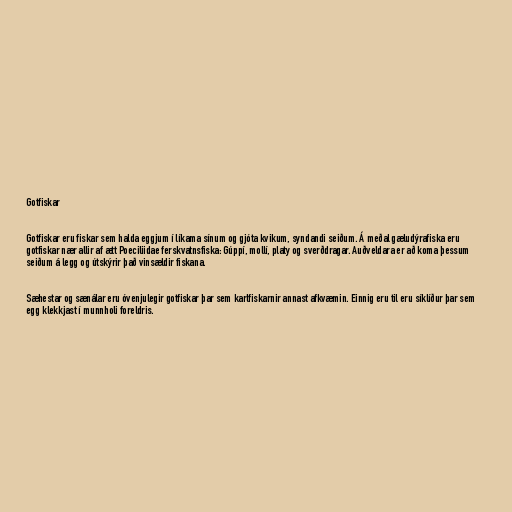
Gotfiskar

Gotfiskar eru fiskar sem halda eggjum í líkama sínum og gjóta kvikum, syndandi seiðum. Á meðal gæludýrafiska eru
gotfiskar nær allir af ætt Poeciliidae ferskvatnsfiska: Gúppí, mollí, platy og sverðdragar. Auðveldara er að koma þessum
seiðum á legg og útskýrir það vinsældir fiskana.

Sæhestar og sænálar eru óvenjulegir gotfiskar þar sem karlfiskarnir annast afkvæmin. Einnig eru til eru síklíður þar sem
egg klekkjast í munnholi foreldris.